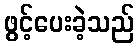
ဖွင့်ပေးခဲ့သည်